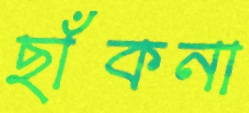
ছাঁকনা